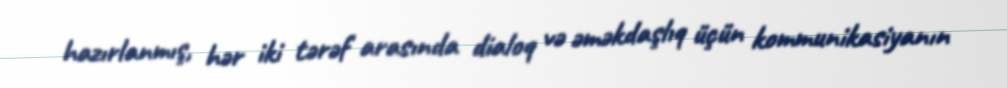
hazırlanmış, hər iki tərəf arasında dialoq və əməkdaşlıq üçün kommunikasiyanın